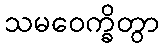
သမဝေက္ခိတွာ